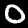
Digit: 0